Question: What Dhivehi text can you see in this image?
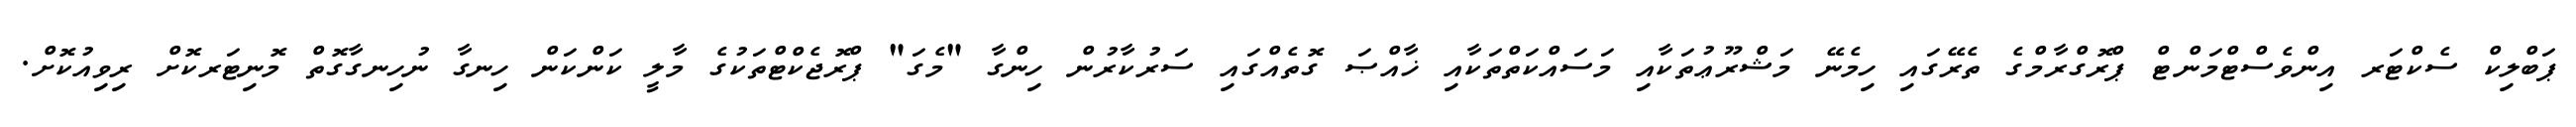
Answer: ޕަބްލިކް ސެކްޓަރ އިންވެސްޓްމަންޓް ޕްރޮގްރާމްގެ ތެރޭގައި ހިމެނޭ މަޝްރޫޢުތަކާއި މަސައްކަތްތަކާއި ޚާއްޞަ ގޮތެއްގައި ސަރުކާރުން ހިންގާ "މެގަ" ޕްރޮޖެކްޓްތަކުގެ މާލީ ކަންކަން ހިނގާ ނުހިނގާގޮތް މޮނިޓަރކޮށް ރިވިއުކޮށް.